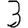
Digit: 3